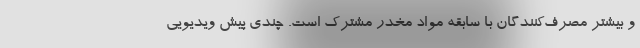
و بیشتر مصرف‌کنندگان با سابقه مواد مخدر مشترک است. چندی پیش ویدیویی